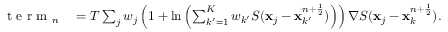
\begin{array} { r l } { \mathrm { ~ t ~ e ~ r ~ m ~ } _ { n } } & { { } = T \sum _ { j } w _ { j } \left( 1 + \ln \left( \sum _ { k ^ { \prime } = 1 } ^ { K } { w _ { k ^ { \prime } } } S ( { { \mathbf x } } _ { j } - { { \mathbf x } } _ { k ^ { \prime } } ^ { n + \frac { 1 } { 2 } } ) \right) \right) \nabla S ( { { \mathbf x } } _ { j } - { { \mathbf x } } _ { k } ^ { n + \frac { 1 } { 2 } } ) . } \end{array}